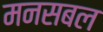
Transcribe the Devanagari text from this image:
मनसबल